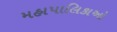
મહાપાલિકાઓ